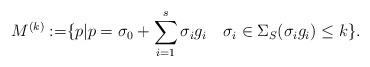
LaTeX: \begin{align*}M^{(k)}:= & \{p|p=\sigma_0+\sum_{i=1}^{s}\sigma_i g_i \quad\sigma_i \in \Sigma_S (\sigma_i g_i)\leq k\}.\end{align*}